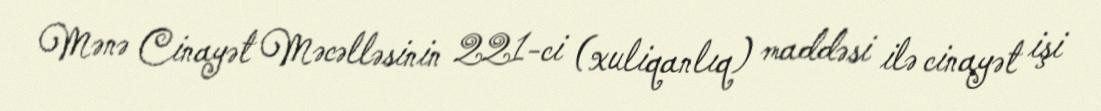
Mənə Cinayət Məcəlləsinin 221-ci (xuliqanlıq) maddəsi ilə cinayət işi